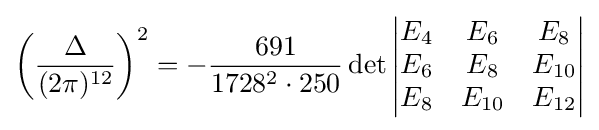
\left({\frac {\Delta }{(2\pi )^{12}}}\right)^{2}=-{\frac {691}{1728^{2}\cdot 250}}\det {\begin{vmatrix}E_{4}&E_{6}&E_{8}\\E_{6}&E_{8}&E_{10}\\E_{8}&E_{10}&E_{12}\end{vmatrix}}